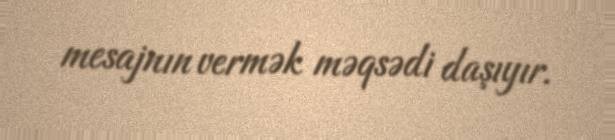
mesajnın vermək məqsədi daşıyır.